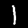
Label: 1